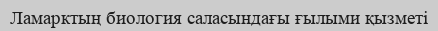
Ламарктың биология саласындағы ғылыми қызметі